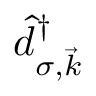
\hat { d } _ { \sigma , \vec { k } } ^ { \dagger }